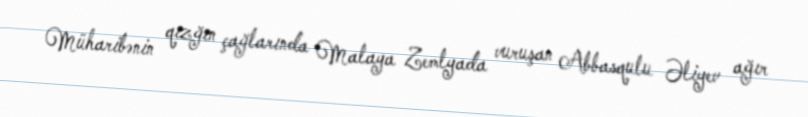
Müharibənin qızğın çağlarında Malaya Zemlyada vuruşan Abbasqulu Əliyev ağır